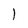
Character: l